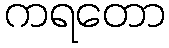
ကရတော